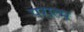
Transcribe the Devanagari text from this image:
परात्म